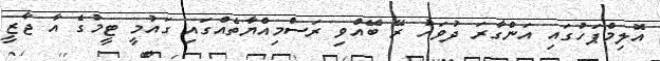
އޮލިމްޕަހުގައި އަންގާރަ ދުވަހު ރޭ ބޭއްވި ރަސްމިއްޔާތެއްގައި ގައުމީ ޓީމުގެ އާ ޖާޒީ